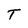
Character: T